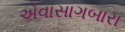
એવાસાગબારા